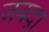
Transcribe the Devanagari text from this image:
जबद़ा